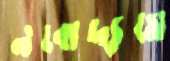
নবোদ্যমে